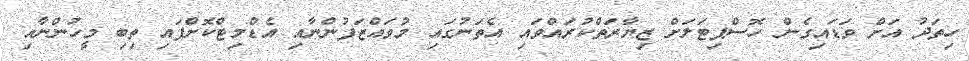
ހިތަދު އަށް ވަޑައިގެން ހޮސްޕިޓަލަށް ޒިޔާރަތްކުރައްވައި އެތަނުގައި މުވައްޒަފުންނާއި އެޑްމިޓްކޮށްފައި ތިބި މީހުންނާއި